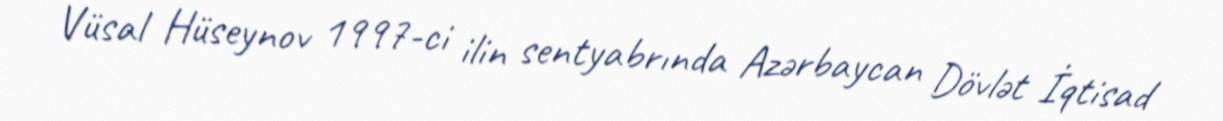
Vüsal Hüseynov 1997-ci ilin sentyabrında Azərbaycan Dövlət İqtisad